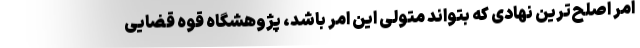
امر اصلح‌ترین نهادی که بتواند متولی این امر باشد، پژوهشگاه قوه قضایی